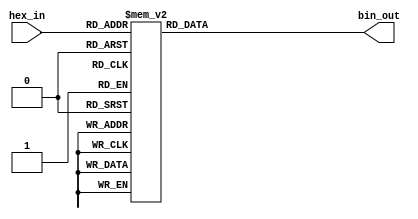
module hex_to_bin_encoder (
    input  wire [3:0] hex_in,  // 4-bit input for hexadecimal digit
    output reg  [3:0] bin_out   // 4-bit output for binary equivalent
);

// Combinational logic to map hex_in to bin_out
always @* begin
    case (hex_in)
        4'b0000: bin_out = 4'b0000; // 0
        4'b0001: bin_out = 4'b0001; // 1
        4'b0010: bin_out = 4'b0010; // 2
        4'b0011: bin_out = 4'b0011; // 3
        4'b0100: bin_out = 4'b0100; // 4
        4'b0101: bin_out = 4'b0101; // 5
        4'b0110: bin_out = 4'b0110; // 6
        4'b0111: bin_out = 4'b0111; // 7
        4'b1000: bin_out = 4'b1000; // 8
        4'b1001: bin_out = 4'b1001; // 9
        4'b1010: bin_out = 4'b1010; // A
        4'b1011: bin_out = 4'b1011; // B
        4'b1100: bin_out = 4'b1100; // C
        4'b1101: bin_out = 4'b1101; // D
        4'b1110: bin_out = 4'b1110; // E
        4'b1111: bin_out = 4'b1111; // F
        default: bin_out = 4'b0000; // Default case (ignore invalid, map to 0)
    endcase
end

endmodule